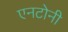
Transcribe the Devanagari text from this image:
एनटोनी